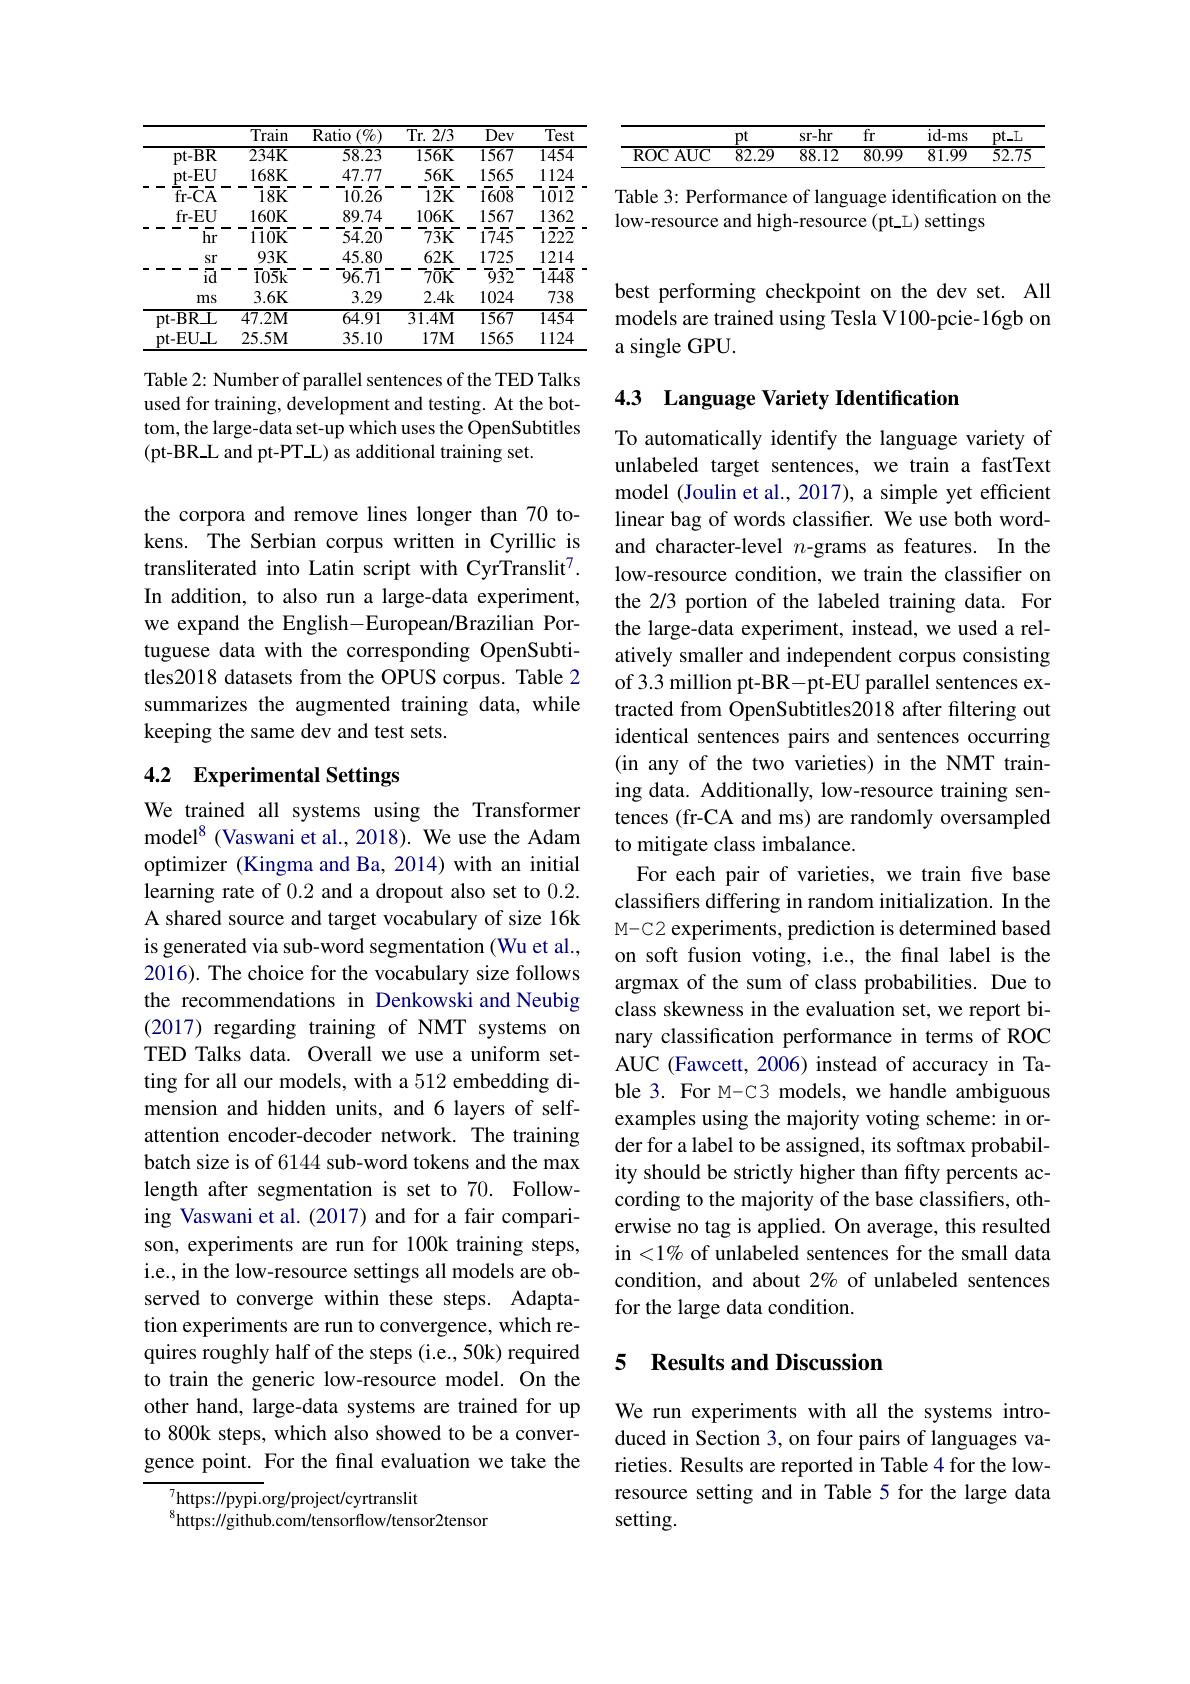
<table>
	<tbody>
		<tr>
			<th> </th>
			<th>Train</th>
			<th>Ratio $(\%)$</th>
			<th>Tr. 2/ 3</th>
			<th>Dev</th>
			<th>Test</th>
		</tr>
		<tr>
			<td>$pt-BR$</td>
			<td>$234K$</td>
			<td>$\overline{58.23}$</td>
			<td>$156K$</td>
			<td>1567</td>
			<td>1454</td>
		</tr>
		<tr>
			<td>$pt-EU$ ${\overline{f}}$r-$\overline{C}\overline{A}$</td>
			<td>$168K$ $\overline{18}\bar{\mathrm{K}}$</td>
			<td>47.77 一 $-{\bar{1}}{\bar{0}}.2{\bar{6}}$ - -</td>
			<td>$56K$ $\overline{1}\overline{2}\bar{\mathrm{K}}$</td>
			<td>1565 17608</td>
			<td>1124 $-1\bar{0}1\bar{2}$</td>
		</tr>
		<tr>
			<td>$fr-EU$ hr</td>
			<td>$160K$ $170\bar{\mathbf{K}}$</td>
			<td>89.74 一 一 -54.20 - </td>
			<td>$106K$ - - - $77\overline{3}\bar{\mathrm{K}}$</td>
			<td>1567 1745</td>
			<td>1362 $-1\bar{2}2\bar{2}$</td>
		</tr>
		<tr>
			<td>$pt-BR\bot$</td>
			<td>$\overline{47.2\mathrm{M}}$</td>
			<td>64.91</td>
			<td>$31.4\mathbf{M}$</td>
			<td>1567</td>
			<td>1454</td>
		</tr>
		<tr>
			<td>pt-EUL</td>
			<td>25.5M</td>
			<td>35.10</td>
			<td>$17M$</td>
			<td>1565</td>
			<td>1124</td>
		</tr>
	</tbody>
</table>

Table 2: Number of parallel sentences of the TED Talks used for training, development and testing. At the bottom, the large-data set-up which uses the OpenSubtitles $(pt-BR\_L and pt-PT.L) as additional training set.$

the corpora and remove lines longer than 70 tokens. The Serbian corpus written in Cyrillic is transliterated into Latin script with CyrTranslit$^7.$ In addition, to also run a large-data experiment, we expand the English-European/Brazilian Portuguese data with the corresponding OpenSubtitles2018 datasets from the OPUS corpus. Table 2 summarizes the augmented training data, while keeping the same dev and test sets.

## 4.2 Experimental Settings

We trained all systems using the Transformer model$^{8}$ (Vaswani et al., 2018). We use the Adam optimizer (Kingma and Ba, 2014) with an initial learning rate of 0.2 and a dropout also set to 0.2. A shared source and target vocabulary of size 16k is generated via sub-word segmentation (Wu et al., 2016). The choice for the vocabulary size follows the recommendations in Denkowski and Neubig (2017) regarding training of NMT systems on TED Talks data. Overall we use a uniform setting for all our models, with a 512 embedding dimension and hidden units, and 6 layers of selfattention encoder-decoder network. The training batch size is of 6144 sub-word tokens and the max length after segmentation is set to 70. Follow- ing Vaswani et al.(2017) and for a fair comparison, experiments are run for 100k training steps, i.e., in the low-resource settings all models are observed to converge within these steps. Adaptation experiments are run to convergence, which requires roughly half of the steps (i.e.,50k) required to train the generic low-resource model. On the other hand, large-data systems are trained for up to 800k steps, which also showed to be a convergence point. For the final evaluation we take the
$_{\mathrm{o}}^{7}$https://pypi.org/project/cyrtranslit

$^{8}$https://github.com/tensorflow/tensor2tensor

<table>
	<tbody>
		<tr>
			<th> </th>
			<th>$pt$</th>
			<th>sr-hr</th>
			<th>fr</th>
			<th>$id-ms$</th>
			<th>$pt\_L$</th>
		</tr>
		<tr>
			<td>$\operatorname{ROC}\operatorname{AUC}$</td>
			<td>$\overline{82.29}$</td>
			<td>$\overline{88.12}$</td>
			<td>$\overline{80.99}$</td>
			<td>$\overline{81.99}$</td>
			<td>$\overline{52.75}$</td>
		</tr>
	</tbody>
</table>

Table 3: Performance of language identification on the
low-resource and high-resource (pt L) settings

best performing checkpoint on the dev set. All models are trained using Tesla V100-pcie-16gb on a single GPU.

# 4.3 Language Variety Identification

To automatically identify the language variety of unlabeled target sentences, we train a fastText model (Joulin et al., 2017), a simple yet efficient linear bag of words classifier. We use both wordand character-level $n$-grams as features. In the low-resource condition, we train the classifier on the 2/3 portion of the labeled training data. For the large-data experiment, instead, we used a relatively smaller and independent corpus consisting of 3.3 million pt-BR-pt-EU parallel sentences extracted from OpenSubtitles2018 after filtering out identical sentences pairs and sentences occurring (in any of the two varieties) in the NMT training data. Additionally, low-resource training sentences (fr-CA and ms) are randomly oversampled to mitigate class imbalance.
For each pair of varieties, we train five base classifters differing in random initialization. In the M-C2 experiments, prediction is determined based on soft fusion voting, i.e., the final label is the argmax of the sum of class probabilities. Due to class skewness in the evaluation set, we report binary classification performance in terms of ROC AUC (Fawcett, 2006) instead of accuracy in Table 3. For M-C3 models, we handle ambiguous examples using the majority voting scheme: in order for a label to be assigned, its softmax probability should be strictly higher than fifty percents according to the majority of the base classifiers, otherwise no tag is applied. On average, this resulted in <1% of unlabeled sentences for the small data condition, and about 2% of unlabeled sentences for the large data condition.

### 5 Results and Discussion

We run experiments with all the systems introduced in Section 3, on four pairs of languages varieties. Results are reported in Table 4 for the lowresource setting and in Table 5 for the large data setting.